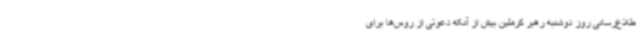
طلاع‌رسانی روز دوشنبه رهبر کرملین بیش از آنکه دعوتی از روس‌ها برای